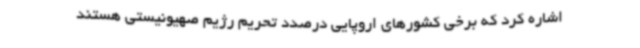
اشاره کرد که برخی کشورهای اروپایی درصدد تحریم رژیم صهیونیستی هستند